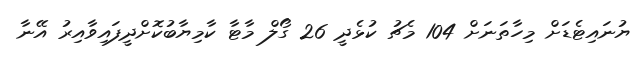
ޔުނައިޓެޑަށް މިހާތަނަށް 104 މެޗު ކުޅެދީ 26 ގޯލް މާޓާ ކާމިޔާބުކޮށްދީފައިވާއިރު އޭނާ